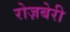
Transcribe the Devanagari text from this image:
रोज़बेरी